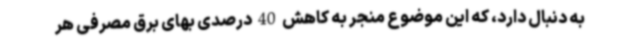
به دنبال دارد، که این موضوع منجر به کاهش 40 درصدی بهای برق مصرفی هر